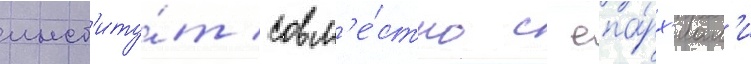
инст'иту́т совм'е́стно с епа́рх'иам'и